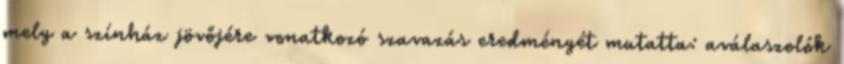
mely a színház jövőjére vonatkozó szavazás eredményét mutatta: aválaszolók